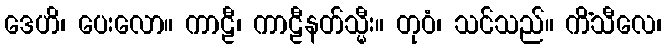
ဒေဟိ၊ ပေးလော။ ကာဠီ၊ ကာဠီနတ်သ္မီး။ တုဝံ၊ သင်သည်။ ကိံသီလေ၊